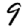
Digit: 9